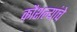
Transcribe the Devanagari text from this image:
कौशल्यांचे